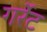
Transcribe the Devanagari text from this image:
गर्रेट